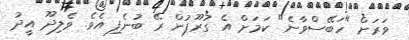
ވަރަށް "ހަބޭސްވާނެ" ކަމަށް އެ ގުރޫޕުން ރޭ ބުނެފި އެވެ. ވެލިދޫ އީދު